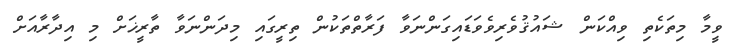
ވީމާ މިތަކެތި ވިއްކަން ޝައުޤުވެރިވެވަޑައިގަންނަވާ ފަރާތްތަކުން ތިރީގައި މިދަންނަވާ ތާރީޚަށް މި އިދާރާއަށް